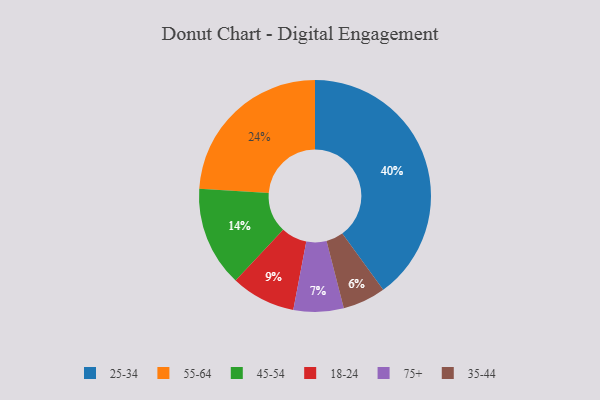
{"axis": {"x": "Category", "y": "Percentage"}, "legend": ["18-24", "25-34", "35-44", "45-54", "55-64", "75+"], "data": [{"x": "18-24", "y": 9, "type": "18-24"}, {"x": "25-34", "y": 40, "type": "25-34"}, {"x": "75+", "y": 7, "type": "75+"}, {"x": "55-64", "y": 24, "type": "55-64"}, {"x": "45-54", "y": 14, "type": "45-54"}, {"x": "35-44", "y": 6, "type": "35-44"}]}